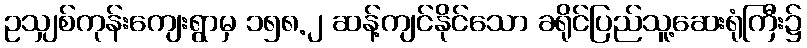
ဥသျှစ်ကုန်းကျေးရွာမှ ၁၅၈.၂ ဆန့်ကျင်နိုင်သော ခရိုင်ပြည်သူ့ဆေးရုံကြီး၌